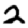
Digit: 2